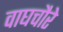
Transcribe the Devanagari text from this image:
वाघचौरे